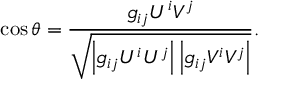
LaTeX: \cos \theta = { \frac { g _ { i j } U ^ { i } V ^ { j } } { \sqrt { \left| g _ { i j } U ^ { i } U ^ { j } \right| \left| g _ { i j } V ^ { i } V ^ { j } \right| } } } .